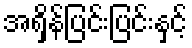
အရှိန်ပြင်းပြင်းနှင့်